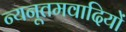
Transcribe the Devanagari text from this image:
न्यनूतमवादियों